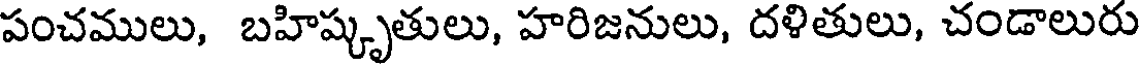
పంచములు, బహిష్కృతులు, హరిజనులు, దళితులు, చండాలురు